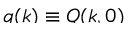
\smash { q ( k ) \equiv Q ( k , 0 ) }